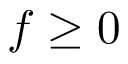
f \geq 0